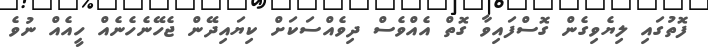
ފޮތުގައި ލިޔެވިގެން ގޮސްފައިވާ ގޮތް އެއްވެސް ދިވެއްސަކަށް ކިޔައިދޭން ޖެހޭނެހެނެއް ހީއެއް ނުވެ